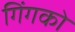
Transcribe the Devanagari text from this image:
गिंगको